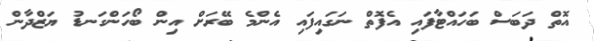
އޮތް ދަބަސް ބަހައްޓާފައި އެފޮތް ނަގައިފައި އެންމެ ބޭރަށް އިން ބޯހަންގަނޑު ޔަޒްދާން